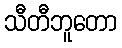
သီတီဘူတော